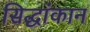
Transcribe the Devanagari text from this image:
सिद्धांकान